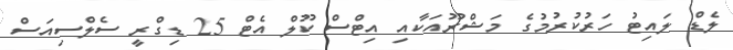
ލެޑް ލައިޓު ހަރުކުރުމުގެ މަޝްރޫއަކާއި އިޓްސް ކޫލް އެޓް 25 ޑިގްރީ ސެލްސިއަސް